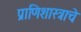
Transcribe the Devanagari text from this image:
प्राणिशास्त्राचे